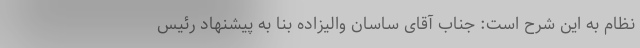
نظام به این شرح است: جناب آقای ساسان والیزاده بنا به پیشنهاد رئیس